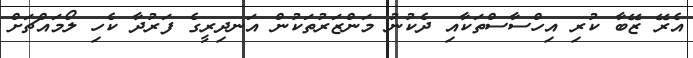
އެރޭ ޒޭބާ ކުރި އިހްސާސްތަކާއި ދެކުނު މަންޒަރުތަކުން އަނދިރީގެ ފަރުދާ ކެހި ލޯމައްޗަށް